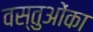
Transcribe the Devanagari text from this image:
वस्तुओंका